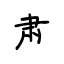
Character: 肃